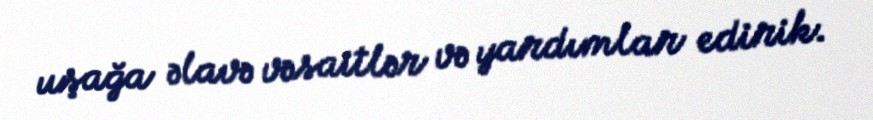
uşağa əlavə vəsaitlər və yardımlar edirik.